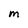
Character: M